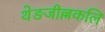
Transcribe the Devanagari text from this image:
थेङजील्लकलि